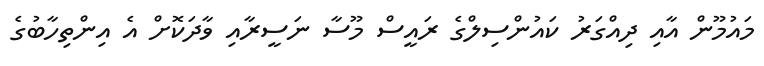
މައުމޫން އާއި ދިއްގަރު ކައުންސިލްގެ ރައީސް މޫސާ ނަސީރާއި ވާދަކޮށް އެ އިންތިހާބުގެ